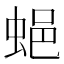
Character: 𧋾